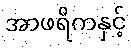
အာဖရိကနှင့်